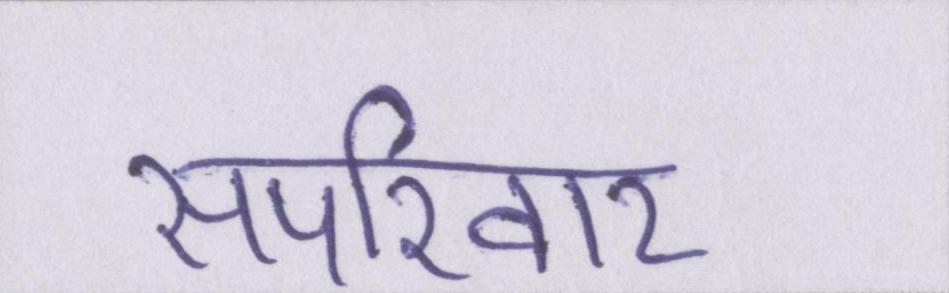
सपरिवार